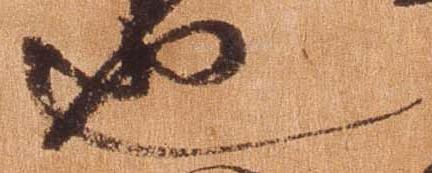
也